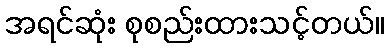
အရင်ဆုံး စုစည်းထားသင့်တယ်။